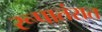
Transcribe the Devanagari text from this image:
रूपातंरात